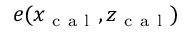
e ( x _ { \mathrm { ~ c ~ a ~ l ~ } } , z _ { \mathrm { ~ c ~ a ~ l ~ } } )